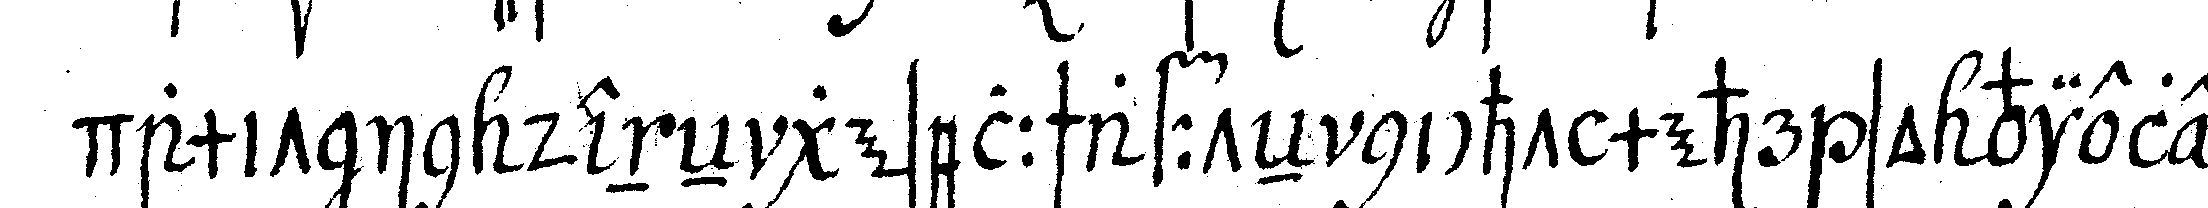
damit in deneN gesellschaffteN nicht mehr so viele